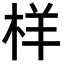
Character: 样